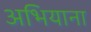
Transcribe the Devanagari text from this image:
अभियाना